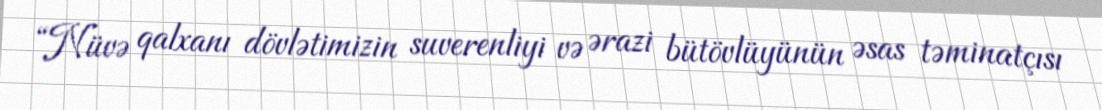
“Nüvə qalxanı dövlətimizin suverenliyi və ərazi bütövlüyünün əsas təminatçısı